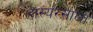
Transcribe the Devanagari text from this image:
हास्यरसाला